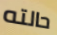
حالته